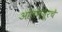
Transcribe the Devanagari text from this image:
आलमपूरचे